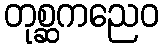
တုစ္ဆကညေဝ